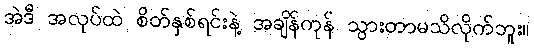
အဲဒီ အလုပ်ထဲ စိတ်နှစ်ရင်းနဲ့ အချိန်ကုန် သွားတာမသိလိုက်ဘူး။